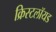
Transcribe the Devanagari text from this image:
क्रिस्टलॉयड